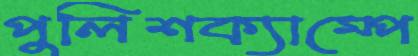
পুলিশক্যাম্পে